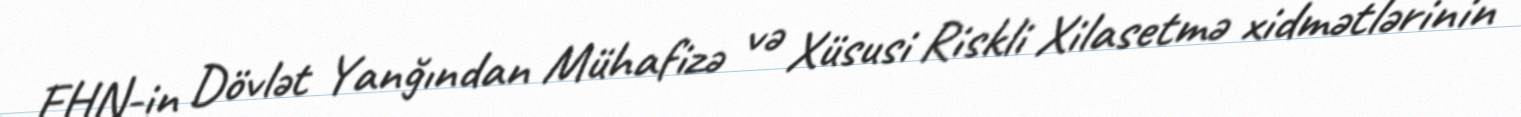
FHN-in Dövlət Yanğından Mühafizə və Xüsusi Riskli Xilasetmə xidmətlərinin